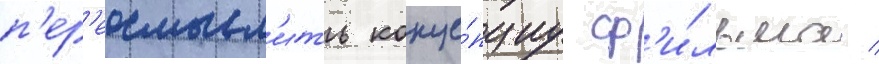
п'ер'еосмысл'ить конце́пциу ф'и́льма /